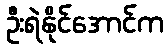
ဦးရဲနိုင်အောင်က